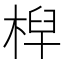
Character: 𣔈